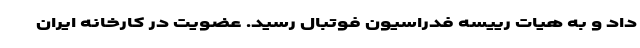
داد و به هیات رییسه فدراسیون فوتبال رسید. عضویت در کارخانه ایران